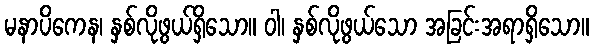
မနာပိကေန၊ နှစ်လိုဖွယ်ရှိသော။ ဝါ၊ နှစ်လိုဖွယ်သော အခြင်းအရာရှိသော။